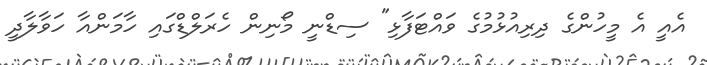
އެއީ އެ މީހުންގެ ދިރިއުޅުމުގެ ވައްޓަފާޅި" ސިޑްނީ މޯނިން ހެރަލްޑްގައި ހާމަންއާ ހަވާލާދީ